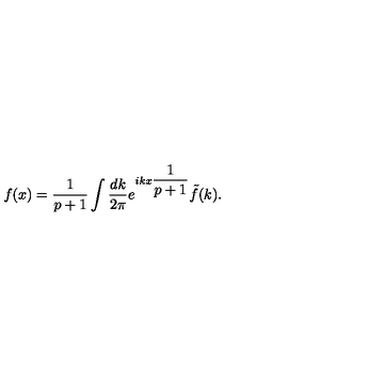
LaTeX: f ( x ) = \displaystyle \frac { 1 } { p + 1 } \displaystyle \int \displaystyle \frac { d k } { 2 \pi } e ^ { i k x \displaystyle \frac { 1 } { p + 1 } } \tilde { f } ( k ) .